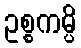
ဥစ္စကမ္ပိ